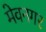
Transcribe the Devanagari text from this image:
मेवनगर